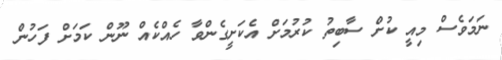
ނަމަވެސް މިއީ ކުށް ސާބިތު ކުރުމަށް އެކަށީގެންވާ ހެއްކެއް ނޫން ކަމަށް ފަހުން